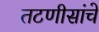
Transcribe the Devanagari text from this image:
तटणीसांचे